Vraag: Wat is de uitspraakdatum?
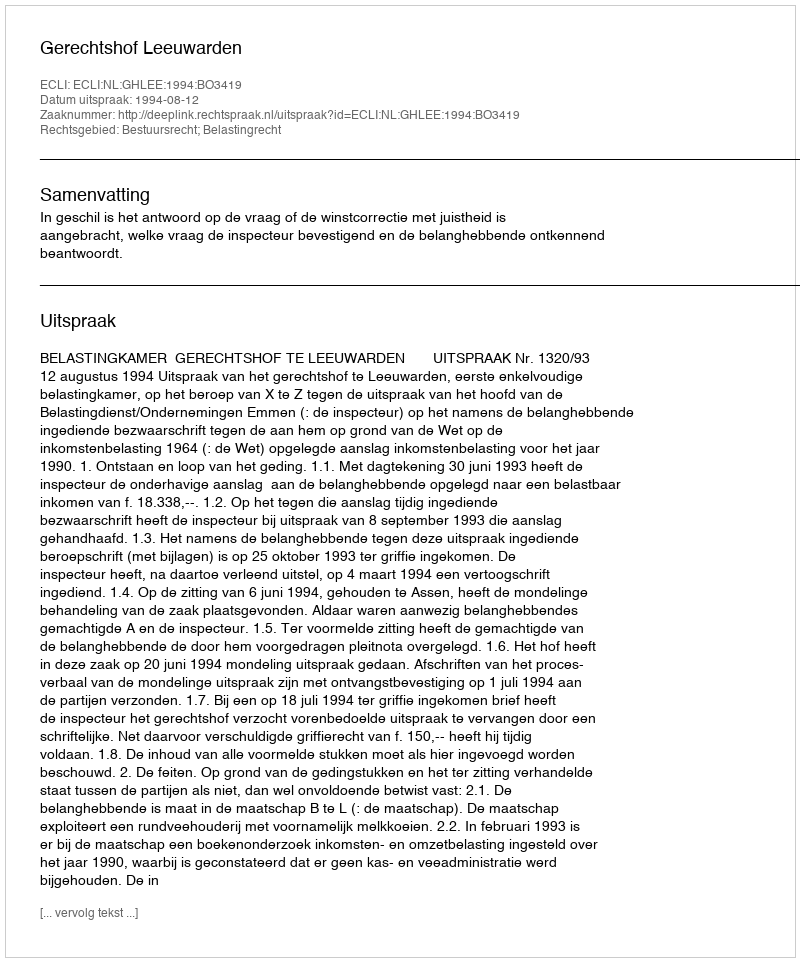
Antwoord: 1994-08-12